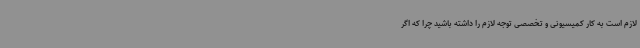
لازم است به کار کمیسیونی و تخصصی توجه لازم را داشته باشید چرا که اگر